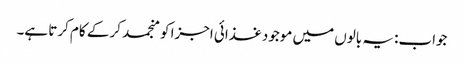
جواب: یہ بالوں میں موجود غذائی اجزا کو منجمد کر کے کام کرتا ہے۔